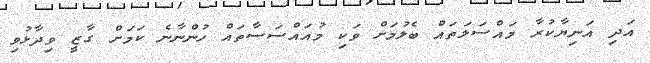
އަދި އަނިޔާކުރާ މައްސަލަތައް ބެލުމަށް ވަކި މުއައްސަސާތައް ހުންނާނެ ކަމަށް ގާޒީ ވިދާޅުވި